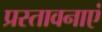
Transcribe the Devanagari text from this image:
प्रस्तावनाएं